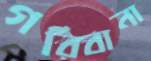
গরিবানা